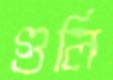
গুলি